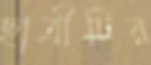
ছাত্রীটির